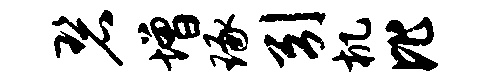
碧增琢引机比